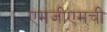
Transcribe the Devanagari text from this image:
एमजीएमची